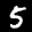
Label: 5